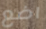
اضع